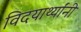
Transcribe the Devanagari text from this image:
विदयार्थ्‍यांनी